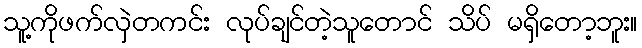
သူ့ကိုဖက်လှဲတကင်း လုပ်ချင်တဲ့သူတောင် သိပ် မရှိတော့ဘူး။